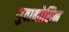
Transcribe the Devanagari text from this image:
गुवानोसिन